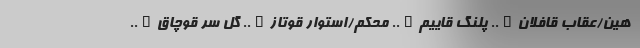
هین/عقاب قافلان….. پلنگ قاییم….. محکم/استوار قوتاز….. گل سر قوچاق…..